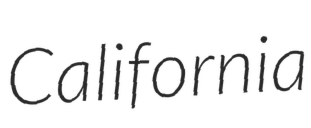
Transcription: California